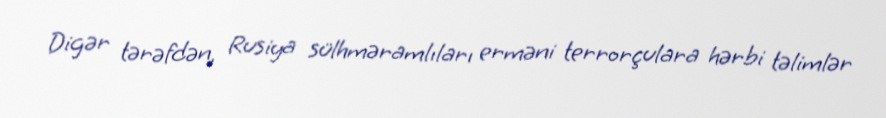
Digər tərəfdən, Rusiya sülhməramlıları erməni terrorçulara hərbi təlimlər